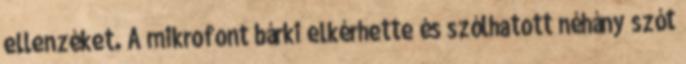
ellenzéket. A mikrofont bárki elkérhette és szólhatott néhány szót